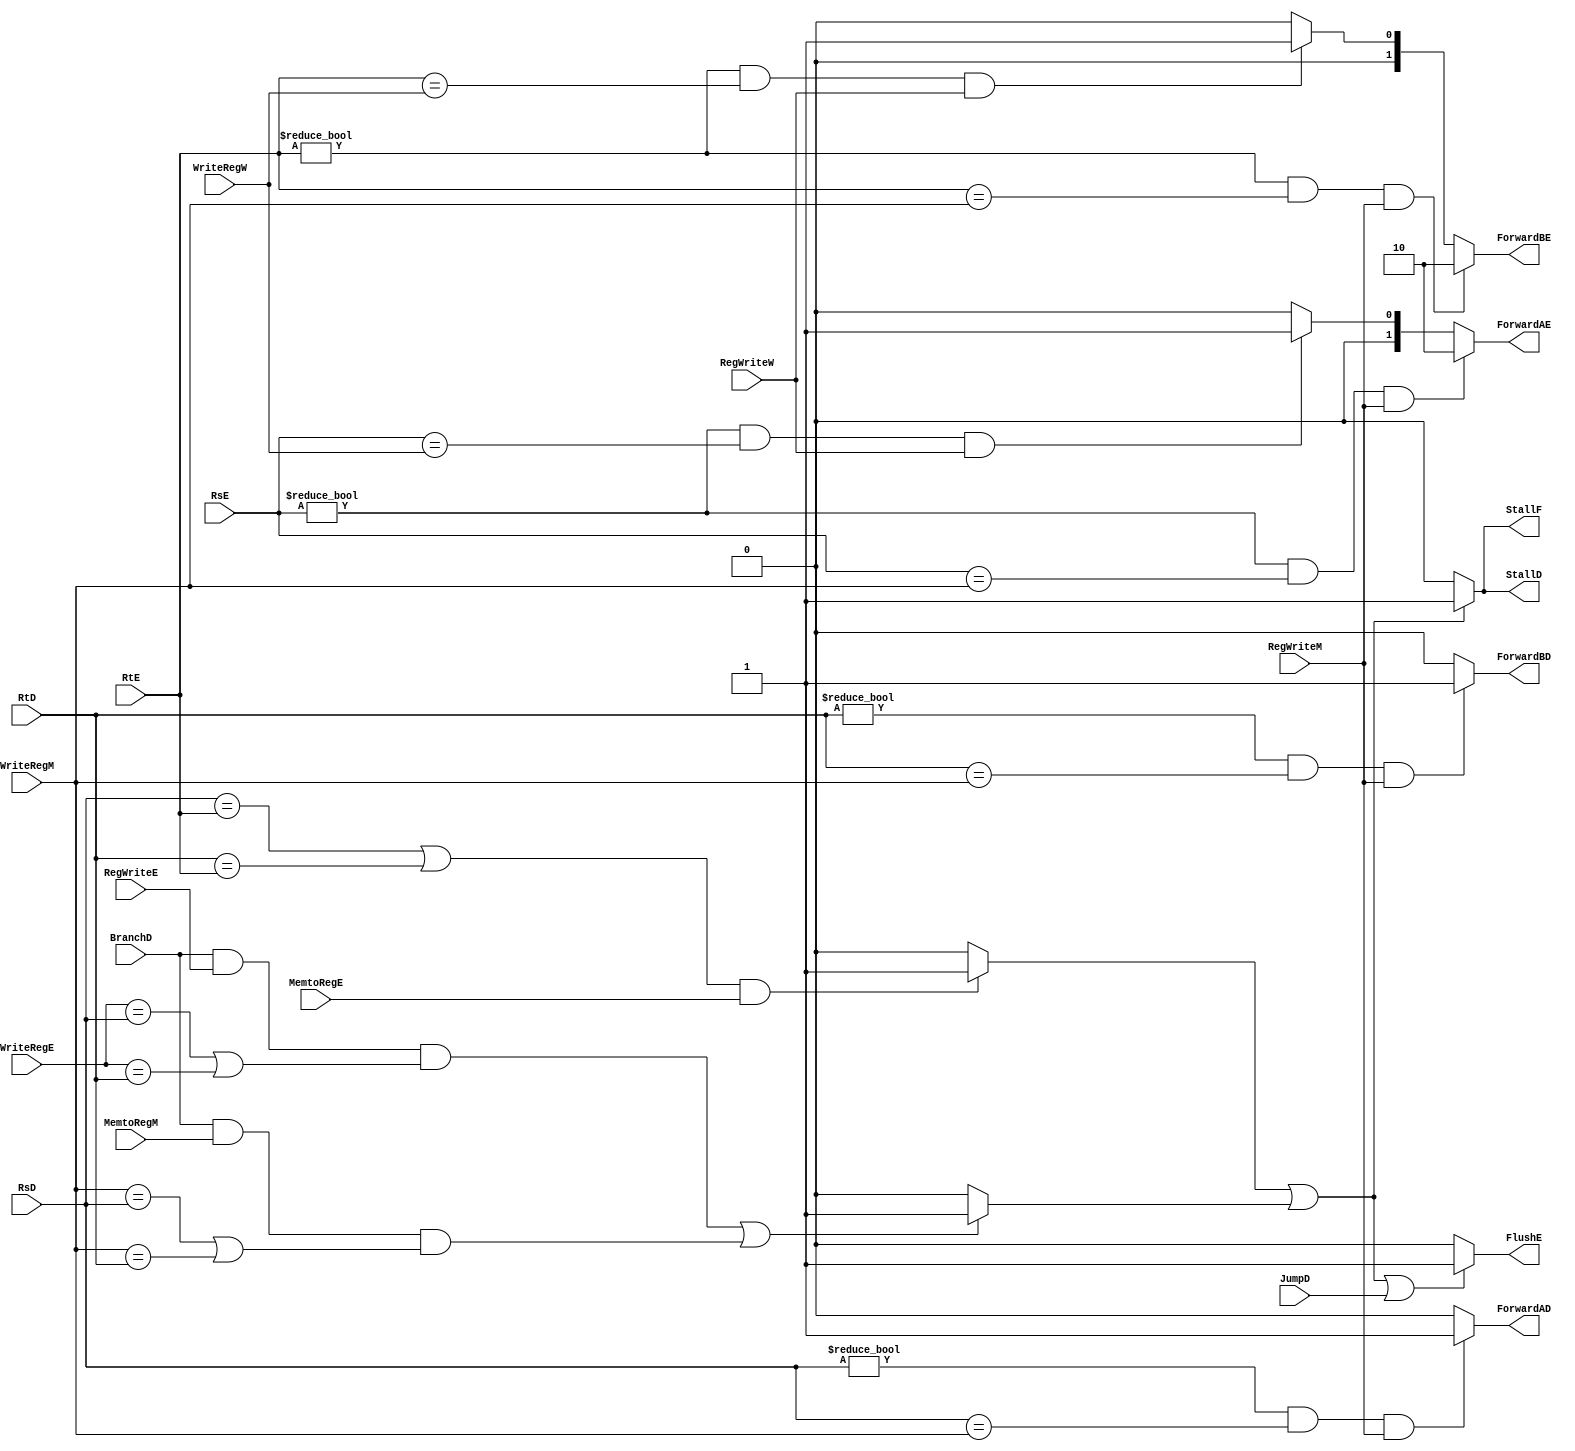
module hazard_unit (
    input wire BranchD,
    input wire JumpD,
    input wire [4:0] RsD,
    input wire [4:0] RtD,
    input wire [4:0] RsE,
    input wire [4:0] RtE,
    input wire [4:0] WriteRegE,
    input wire MemtoRegE,
    input wire RegWriteE,
    input wire [4:0] WriteRegM,
    input wire RegWriteM,
    input wire MemtoRegM,
    input wire [4:0] WriteRegW,
    input wire RegWriteW,
    output reg StallF,
    output reg StallD,
    output reg ForwardAD,
    output reg ForwardBD,
    output reg FlushE,
    output reg [1:0] ForwardAE,
    output reg [1:0] ForwardBE
);

reg lwstall ;
reg branchstall ;

// solving RAW data hazards by Forwarding SrcA from Memory or WB stage
always @(*)
begin
    if ( (RsE != 0) && (RsE == WriteRegM) && RegWriteM ) //( (RsE != 0) && (RsE == WriteRegM) && (RegWriteM) )
    ForwardAE = 2'b10 ;
    else if ( (RsE != 0) && (RsE == WriteRegW) && RegWriteW ) //( (RsE != 0) && (RsE == WriteRegW) && (RegWriteW) )
    ForwardAE = 2'b01 ;
    else
    ForwardAE = 2'b00 ;
end

// solving RAW data hazards by Forwarding SrcB from Memory or WB stage
always @(*)
begin
    if ( (RtE != 0) && (RtE == WriteRegM) && RegWriteM )
    ForwardBE = 2'b10 ;
    else if ( (RtE != 0) && (RtE == WriteRegW) && RegWriteW )
    ForwardBE = 2'b01 ;
    else
    ForwardBE = 2'b00 ;
end

//  solving RAW data hazards by stalling fetch and decode stages and flushing excute stage
always @(*)           //we stall the next instruction due to RAW hazard due to lw instruction
begin
    if ( ( (RsD == RtE) || (RtD == RtE) ) && MemtoRegE ) 
        lwstall = 1'b1 ;
    else
        lwstall = 1'b0 ;
end

always @(*)          //(solving control hazard) we stall the branch instruction due to RAW hazard as one of its srcs being changed  
begin
    if ( ( BranchD && RegWriteE && ( (WriteRegE == RsD) || (WriteRegE == RtD) ) ) || ( BranchD && MemtoRegM && ( (WriteRegM == RsD) || (WriteRegM == RtD) ) ) )
        branchstall = 1'b1 ;
    else
        branchstall = 1'b0 ;
end

always @(*)
begin
    if ( lwstall || branchstall )
    begin
        StallD = 1'b1 ;
        StallF = 1'b1 ;
        //FlushE = 1'b1 ;
    end
    else
    begin
        StallD = 1'b0 ;
        StallF = 1'b0 ;
        //FlushE = 1'b0 ;
    end
end

always @(*)
begin
    if ( lwstall || branchstall || JumpD )
    begin
        FlushE = 1'b1 ;
    end
    else
    begin
        FlushE = 1'b0 ;
    end
end

//  solving RAW data hazards due to branch instruction by forwading data in excution or memory stages
always @(*)
begin
    if ( (RsD != 0) && (RsD == WriteRegM) && (RegWriteM) )
    ForwardAD = 1'b1 ;
    else
    ForwardAD = 1'b0 ;
end

always @(*)
begin
    if ( (RtD != 0) && (RtD == WriteRegM) && (RegWriteM) )
    ForwardBD = 1'b1 ;
    else
    ForwardBD = 1'b0 ;
end

endmodule